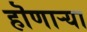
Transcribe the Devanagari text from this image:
हॊणाऱ्या